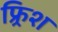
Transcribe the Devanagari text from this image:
फ्र्रिश